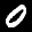
Label: 0